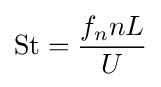
{\text{St}}={\frac {f_{n}nL}{U}}